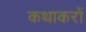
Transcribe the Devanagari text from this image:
कथाकरों